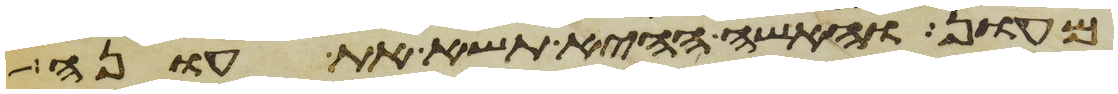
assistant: מעון והאשה ההיא תשא את עונה